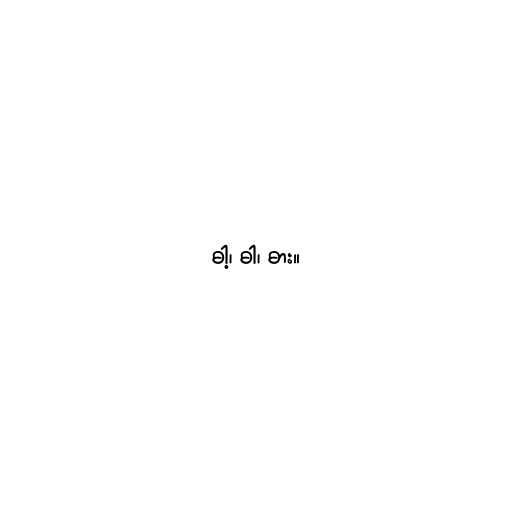
ဓါ့၊ ဓါ၊ ဓား။